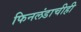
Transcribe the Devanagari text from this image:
फिनलंडाचीही